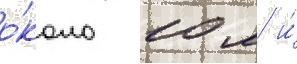
о́коло 10 м и́